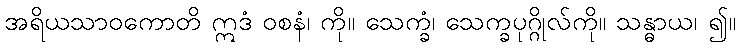
အရိယသာဝကောတိ ဣဒံ ဝစနံ၊ ကို။ သေက္ခံ၊ သေက္ခပုဂ္ဂိုလ်ကို။ သန္ဓာယ၊ ၍။